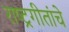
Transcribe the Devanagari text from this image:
राष्ट्रगीतांचे